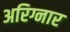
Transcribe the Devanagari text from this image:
अरिग्नार